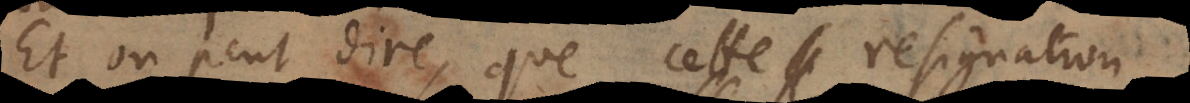
Et on peut dire, que cette résignation